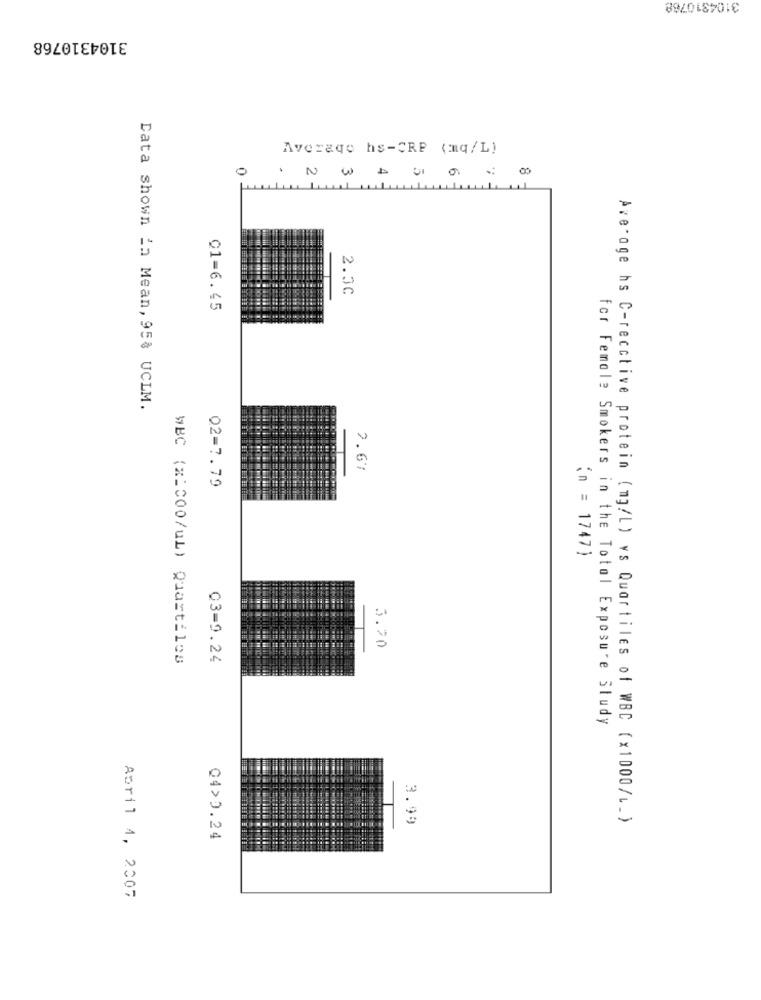
3104310768
3104310768
Average hs-CRP (mq/L)
0
INWAGOSO
2.30
C1=6.45
Data shown in Mean, 95% UCLM.
2.67
02=7.79
(n = 1747)
3.70
WBC (x=C00/uL) Quartiles
03=9.24
for Female Smokers in the Total Exposure Sludy
3.99
Average hs C-recctive protein (mg/L) vs Quartiles of WBC (x1000/ .. )
04>0.24
April 1, 2007